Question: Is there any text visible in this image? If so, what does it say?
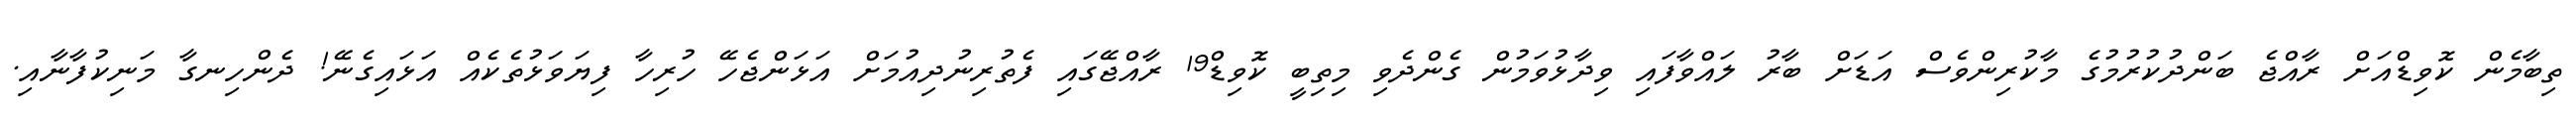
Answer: ތިބާމެން ކޮވިޑްއަށް ރާއްޖެ ބަންދުކުރުމުގެ މާކުރިންވެސް އަޑަށް ބާރު ލައްވާފައި ވިދާޅުވަމުން ގެންދެވި މިތިބީ ކޮވިޑް19 ރާއްޖޭގައި ފެތުރިނުދިއުމަށް އަޅަންޖެހޭ ހުރިހާ ފިޔަވަޅުތެކެއް އަޅައިގެނޭ! ދެންހިނގާ މަނިކުފާނާއި.